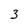
Character: 3